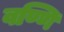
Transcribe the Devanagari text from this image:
वण्णि